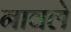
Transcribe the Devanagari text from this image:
नावले